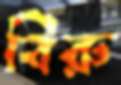
বিরু